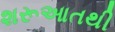
શરૂઆતથી